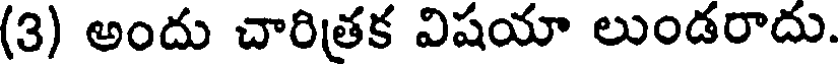
(3) అందు చారిత్రక విషయా లుండరాదు.